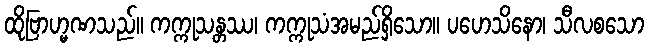
ထိုဗြာဟ္မဏသည်။ ကက္ကုသန္တဿ၊ ကက္ကုသံအမည်ရှိသော။ ပဟေသိနော၊ သီလစသော